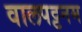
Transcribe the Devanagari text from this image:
वालपट्टनम